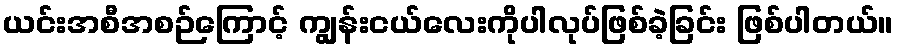
ယင်းအစီအစဉ်ကြောင့် ကျွန်းငယ်လေးကိုပါလုပ်ဖြစ်ခဲ့ခြင်း ဖြစ်ပါတယ်။